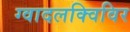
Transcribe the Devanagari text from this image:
ग्वादलक्विविर